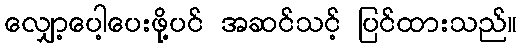
လျှော့ပေါ့ပေးဖို့ပင် အဆင်သင့် ပြင်ထားသည်။